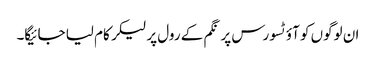
ان لوگوں کو آؤٹسورس پر نگم کے رول پر لیکر کام لیا جائیگا۔